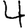
Digit: 4